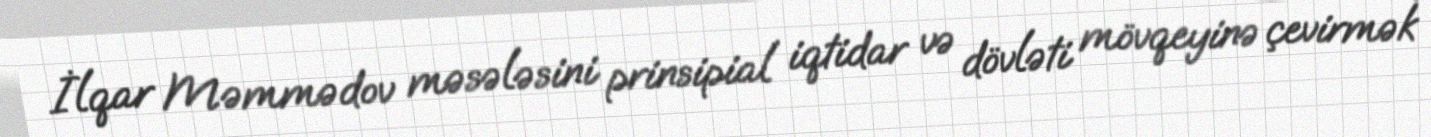
İlqar Məmmədov məsələsini prinsipial iqtidar və dövləti mövqeyinə çevirmək